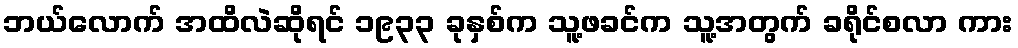
ဘယ်လောက် အထိလဲဆိုရင် ၁၉၃၃ ခုနှစ်က သူ့ဖခင်က သူ့အတွက် ခရိုင်စလာ ကား